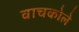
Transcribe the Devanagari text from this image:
वाचकोले